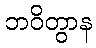
ဘဝိတွာန